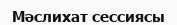
Мәслихат сессиясы